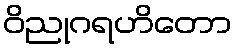
ဝိညုဂရဟိတော